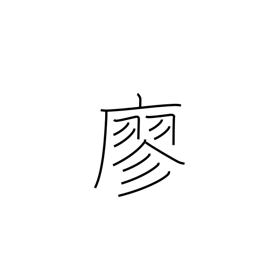
Meaning: empty